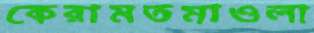
কেরামতমাওলা